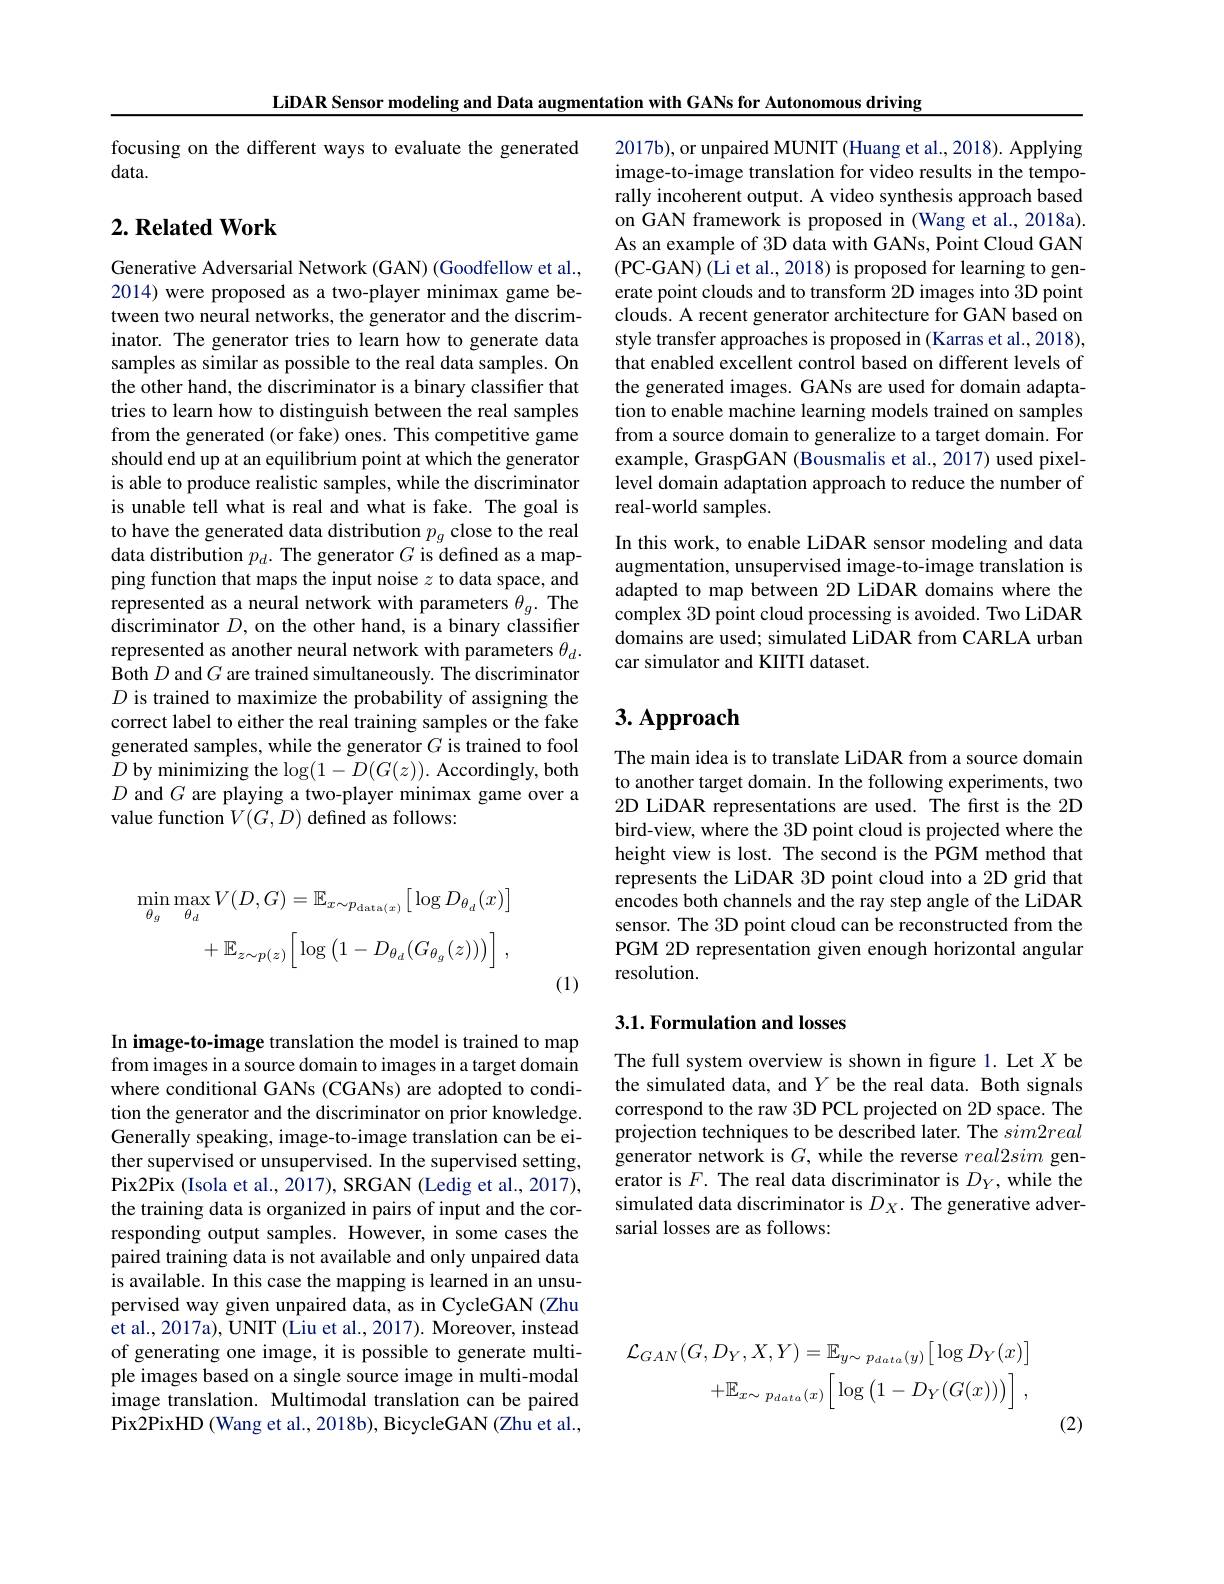
LiDAR Sensor modeling and Data augmentation with GANs for Autonomous driving

focusing on the different ways to evaluate the generated
data.

## $2. \textbf{Related Work}$

Generative Adversarial Network (GAN) (Goodfellow et al., 2014) were proposed as a two-player minimax game between two neural networks, the generator and the discriminator. The generator tries to learn how to generate data samples as similar as possible to the real data samples. On the other hand, the discriminator is a binary classifier that tries to learn how to distinguish between the real samples from the generated (or fake) ones. This competitive game should end up at an equilibrium point at which the generator is able to produce realistic samples, while the discriminator is unable tell what is real and what is fake. The goal is to have the generated data distribution $p_g$ close to the real data distribution $p_d.$ The generator $G$ is defined as a mapping function that maps the input noise $z$ to data space, and represented as a neural network with parameters $\theta_g.$ The discriminator $D$, on the other hand, is a binary classifier represented as another neural network with parameters $\theta_d.$ Both $D$ and $G$ are trained simultaneously. The discriminator $D$ is trained to maximize the probability of assigning the correct label to either the real training samples or the fake generated samples, while the generator $G$ is trained to fool $D$ by minimizing the $\log(1-D(G(z)).$ Accordingly, both $D$ and $G$ are playing a two-player minimax game over a value function $V(G,D)$ defined as follows:
$$\begin{aligned}\operatorname*{min}_{\theta_{g}}\operatorname*{max}_{\theta_{d}}V(D,G)&=\mathbb{E}_{x\sim p_{\mathrm{data}(x)}}\left[\log D_{\theta_{d}}(x)\right]\\&+\mathbb{E}_{z\sim p(z)}\bigg[\log\big(1-D_{\theta_{d}}(G_{\theta_{g}}(z))\big)\bigg]\:,\end{aligned}$$
(1)

In image-to-image translation the model is trained to map from images in a source domain to images in a target domain where conditional GANs (CGANs) are adopted to condition the generator and the discriminator on prior knowledge. Generally speaking, image-to-image translation can be either supervised or unsupervised. In the supervised setting, Pix2Pix (Isola et al., 2017), SRGAN (Ledig et al., 2017), the training data is organized in pairs of input and the corresponding output samples. However, in some cases the paired training data is not available and only unpaired data is available. In this case the mapping is learned in an unsupervised way given unpaired data, as in CycleGAN (Zhu et al., 2017a), UNIT (Liu et al., 2017). Moreover, instead of generating one image, it is possible to generate multiple images based on a single source image in multi-modal image translation. Multimodal translation can be paired Pix2PixHD (Wang et al., 2018b), BicycleGAN (Zhu et al.,

2017b), or unpaired MUNIT (Huang et al., 2018). Applying image-to-image translation for video results in the temporally incoherent output. A video synthesis approach based on GAN framework is proposed in (Wang et al., 2018a). As an example of 3D data with GANs, Point Cloud GAN (PC-GAN)(Li et al., 2018) is proposed for learning to generate point clouds and to transform 2D images into 3D point clouds. A recent generator architecture for GAN based on style transfer approaches is proposed in (Karras et al., 2018), that enabled excellent control based on different levels of the generated images. GANs are used for domain adaptation to enable machine learning models trained on samples from a source domain to generalize to a target domain. For example, GraspGAN (Bousmalis et al., 2017) used pixellevel domain adaptation approach to reduce the number of real-world samples.
In this work, to enable LiDAR sensor modeling and data augmentation, unsupervised image-to-image translation is adapted to map between 2D LiDAR domains where the complex 3D point cloud processing is avoided. Two LiDAR domains are used; simulated LiDAR from CARLA urban car simulator and KIITI dataset.

# 3. Approach

The main idea is to translate LiDAR from a source domain to another target domain. In the following experiments, two 2D LiDAR representations are used. The first is the 2D bird-view, where the 3D point cloud is projected where the height view is lost. The second is the PGM method that represents the LiDAR 3D point cloud into a 2D grid that encodes both channels and the ray step angle of the LiDAR sensor. The 3D point cloud can be reconstructed from the PGM 2D representation given enough horizontal angular resolution.

## 3.1. Formulation and losses

The full system overview is shown in figure 1. Let $X$ be the simulated data, and $Y$ be the real data. Both signals correspond to the raw 3D PCL projected on 2D space. The projection techniques to be described later. The $sim2real$ generator network is $G$, while the reverse $real2sim$ gen erator is $F.$ The real data discriminator is $D_Y$, while the simulated data discriminator is $D_X.$ The generative adversarial losses are as follows:
$$\begin{aligned}\mathcal{L}_{GAN}(G,D_{Y},X,Y)&=\mathbb{E}_{y\sim p_{data}(y)}\big[\log D_{Y}(x)\big]\\&+\mathbb{E}_{x\sim p_{data}(x)}\Big[\log\big(1-D_{Y}(G(x))\big)\Big]\:,\end{aligned}$$
(2)